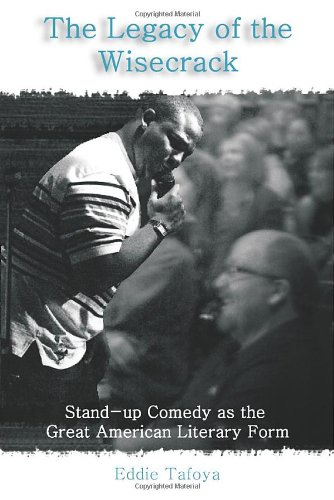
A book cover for The Legacy of the Wisecrack: Stand-up Comedy as the Great American Literary Form; Eddie Tafoya; Humor & Entertainment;